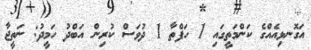
އަގޮނޅިއެއްގެ ކަންމަތީގައި 1 ހަފްތާ 1 ދުވަސް ކުރިން އަބްދު ހަމީދު: ނަތީޖާ